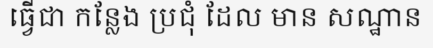
ធ្វើជា កន្លែង ប្រជុំ ដែល មាន សណ្ឋាន